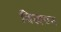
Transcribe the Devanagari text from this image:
विखण्न